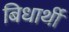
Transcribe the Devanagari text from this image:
बिधार्थी